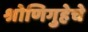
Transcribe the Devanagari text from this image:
श्रोणिगुहेचे